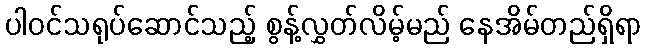
ပါဝင်သရုပ်ဆောင်သည့် စွန့်လွှတ်လိမ့်မည် နေအိမ်တည်ရှိရာ